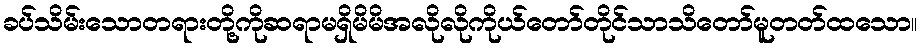
ခပ်သိမ်းသောတရားတို့ကိုဆရာမရှိမိမိအလိုလိုကိုယ်တော်တိုင်သာသိတော်မူတတ်ထသော။